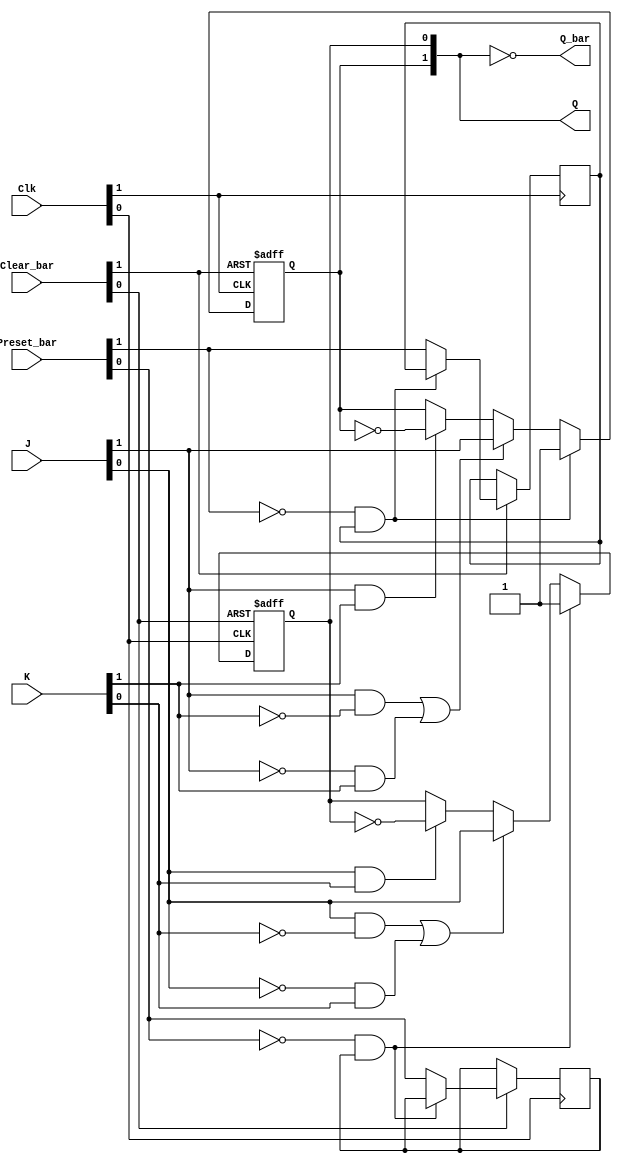
// This program was cloned from: https://github.com/TimRudy/ice-chips-verilog
// License: GNU General Public License v3.0

// Dual J-K flip-flop with set and clear; negative-edge-triggered

// Note: Preset_bar is synchronous, not asynchronous as specified in datasheet for this device,
//       in order to meet requirements for FPGA circuit design (see IceChips Technical Notes)

module ttl_74112 #(parameter BLOCKS = 2, DELAY_RISE = 0, DELAY_FALL = 0)
(
  input [BLOCKS-1:0] Preset_bar,
  input [BLOCKS-1:0] Clear_bar,
  input [BLOCKS-1:0] J,
  input [BLOCKS-1:0] K,
  input [BLOCKS-1:0] Clk,
  output [BLOCKS-1:0] Q,
  output [BLOCKS-1:0] Q_bar
);

//------------------------------------------------//
reg [BLOCKS-1:0] Q_current;
reg [BLOCKS-1:0] Preset_bar_previous;

generate
  genvar i;
  for (i = 0; i < BLOCKS; i = i + 1)
  begin: gen_blocks
    always @(negedge Clk[i] or negedge Clear_bar[i])
    begin
      if (!Clear_bar[i])
        Q_current[i] <= 1'b0;
      else if (!Preset_bar[i] && Preset_bar_previous[i])  // falling edge has occurred
        Q_current[i] <= 1'b1;
      else
      begin
        if (J[i] && !K[i] || !J[i] && K[i])
          Q_current[i] <= J[i];
        else if (J[i] && K[i])
          Q_current[i] <= !Q_current[i];
        else
          Q_current[i] <= Q_current[i];

        Preset_bar_previous[i] <= Preset_bar[i];
      end
    end
  end
endgenerate
//------------------------------------------------//

assign #(DELAY_RISE, DELAY_FALL) Q = Q_current;
assign #(DELAY_RISE, DELAY_FALL) Q_bar = ~Q_current;

endmodule